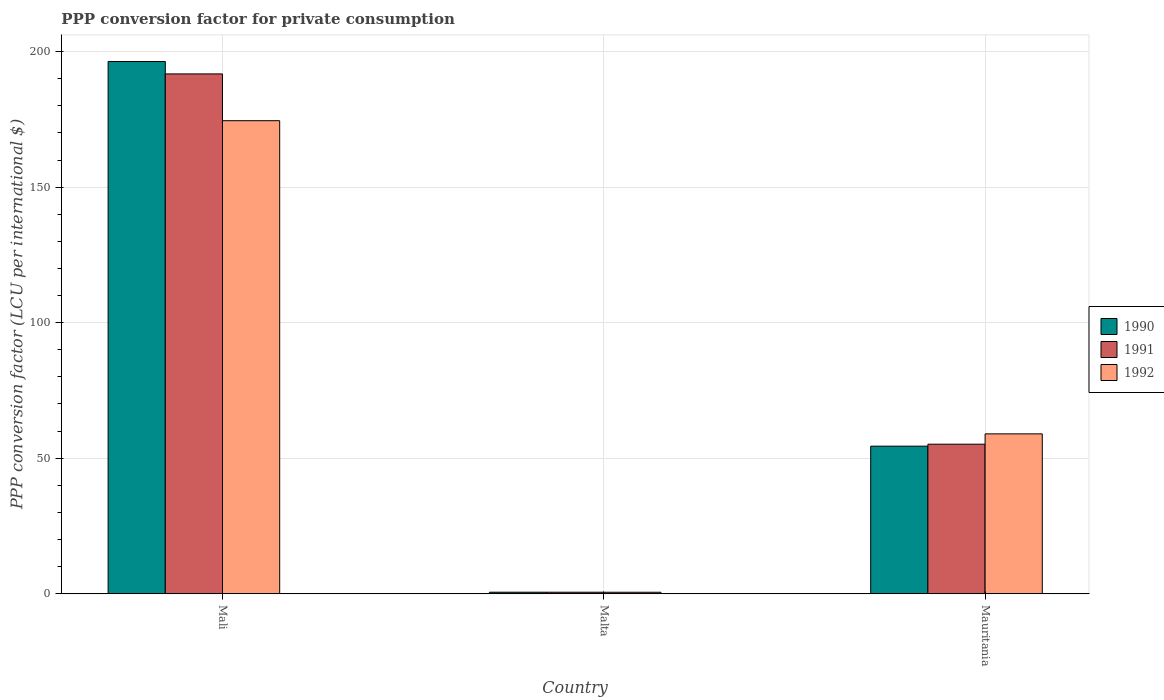
| Country | 1990 | 1991 | 1992 |
 | --- | --- | --- | --- |
 | Mali | 196 | 192 | 175 |
 | Malta | 0.567 | 0.558 | 0.55 |
 | Mauritania | 54.4 | 55.2 | 59 |